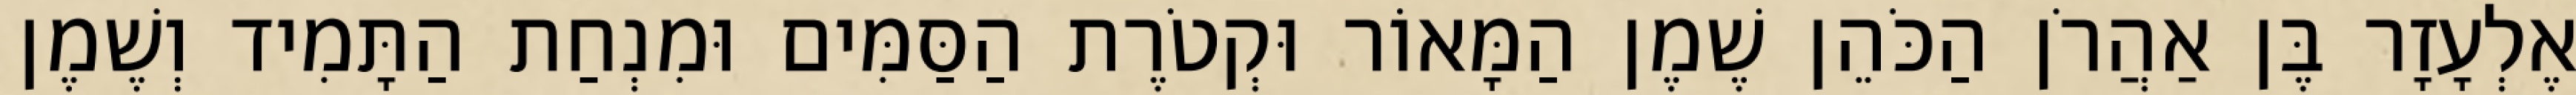
אֶלְעָזָר בֶּן אַהֲרֹן הַכֹּהֵן שֶׁמֶן הַמָּאוֹר וּקְטֹרֶת הַסַּמִּים וּמִנְחַת הַתָּמִיד וְשֶׁמֶן